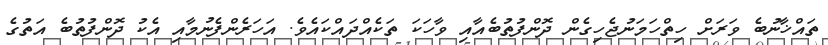
ތައްޚާނުބެ ވަރަށް ހިތްހަމަނުޖެހިގެން ދޮންފުތުބެއާއި ވާހަކަ ތަކެއްދައްކައެވެ. އަހަރެންފެނުމާއި އެކު ދޮންފުތުބެ އަތުގެ